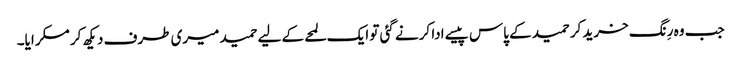
جب وہ رِنگ خرید کر حمید کے پاس پیسے ادا کرنے گئی تو ایک لمحے کے لیے حمید میری طرف دیکھ کر مسکرایا۔